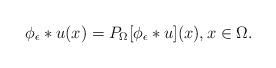
LaTeX: \begin{align*}\phi_{\epsilon} \ast u(x) = P_\Omega [ \phi_{\epsilon} \ast u] (x), x \in \Omega.\end{align*}